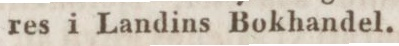
res i Landins Bokhandel.